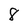
Character: 8